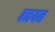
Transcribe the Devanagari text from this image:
बनयन